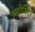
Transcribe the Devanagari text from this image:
अरोबिंदो